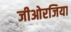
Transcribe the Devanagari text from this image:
जीओरजिया